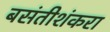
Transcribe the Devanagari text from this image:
बसंतीशंकरा